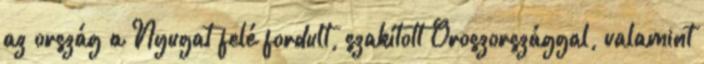
az ország a Nyugat felé fordult, szakított Oroszországgal, valamint